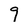
Character: 9